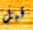
قبل